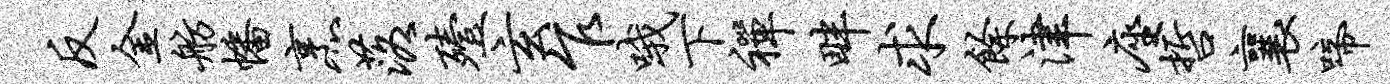
反金舫幡烹落殪玄乍哦下禅畔求余津座哲襄啼